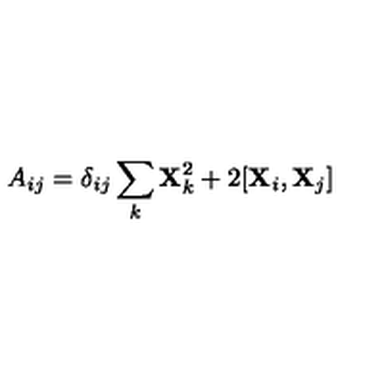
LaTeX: A _ { i j } = \delta _ { i j } \sum _ { k } { \bf X } _ { k } ^ { 2 } + 2 [ { \bf X } _ { i } , { \bf X } _ { j } ]